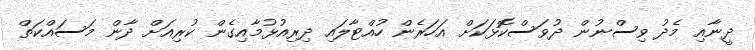
ދީނާއި މެދު ވިސްނުން ދުވަސްކޮޅަކަށް އަހަރެން ހުއްޓާލައި ދިރިއުޅުމާއިގެން ކުރިއަށް ދާން މަސައްކަތް